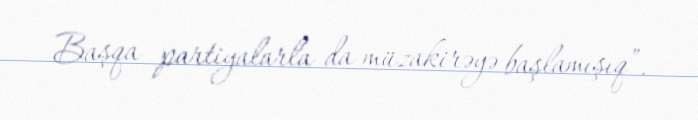
Başqa partiyalarla da müzakirəyə başlamışıq”.